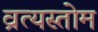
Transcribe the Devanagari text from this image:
व्रत्यस्तोम